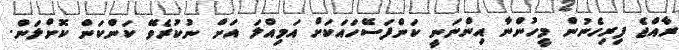
ރާއްޖެ ފިރިހެނުން މީހުންނާ އިންނަނީ ކަންފަސޭހައަކަށް އަމިއްލަ އަށް ނުކުރެވޭ ކަންކަން ކޮށްލަން.